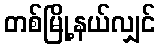
တစ်မြို့နယ်လျှင်